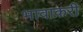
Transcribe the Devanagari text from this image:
भावाकरी